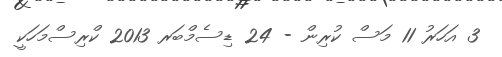
3 އަހަރު 11 މަސް ކުރިން - 24 ޑިސެމްބަރ 2013 ކްރިސްމަހަކީ